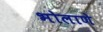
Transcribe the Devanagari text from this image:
भोलाणे